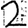
Digit: 2